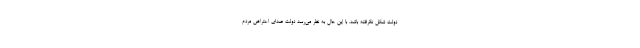
دولت شکل نگرفته باشد. با این حال به نظر می‌رسد دولت صدای اعتراض مردم